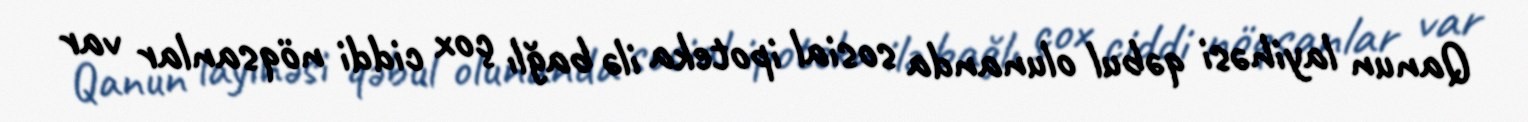
Qanun layihəsi qəbul olunanda sosial ipoteka ilə bağlı çox ciddi nöqsanlar var